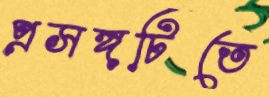
প্রসঙ্গটিতে